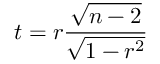
t = r \frac { \sqrt { n - 2 } } { \sqrt { 1 - r ^ { 2 } } }